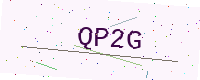
Text: QP2G